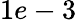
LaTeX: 1e-3